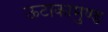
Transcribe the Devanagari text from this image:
ऊटाकामुण्ड